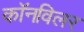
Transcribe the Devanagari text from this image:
कॉनविलर